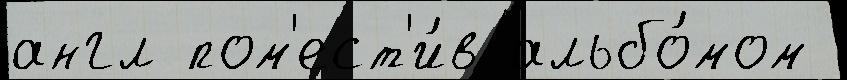
англ пом'ест'и́в альбо́мом